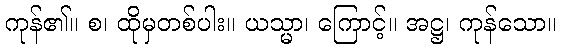
ကုန်၏။ စ၊ ထိုမှတစ်ပါး။ ယသ္မာ၊ ကြောင့်။ အဋ္ဌ၊ ကုန်သော။